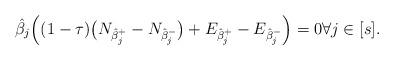
LaTeX: \begin{align*}\hat{\beta}_j\Big((1-\tau)\big(N_{\hat{\beta}_j^+}-N_{\hat{\beta}_j^-}\big)+E_{\hat{\beta}_j^+}-E_{\hat{\beta}_j^-}\Big)=0 \forall j\in[s].\end{align*}